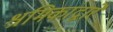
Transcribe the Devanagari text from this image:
श्रमिकांद्वारे